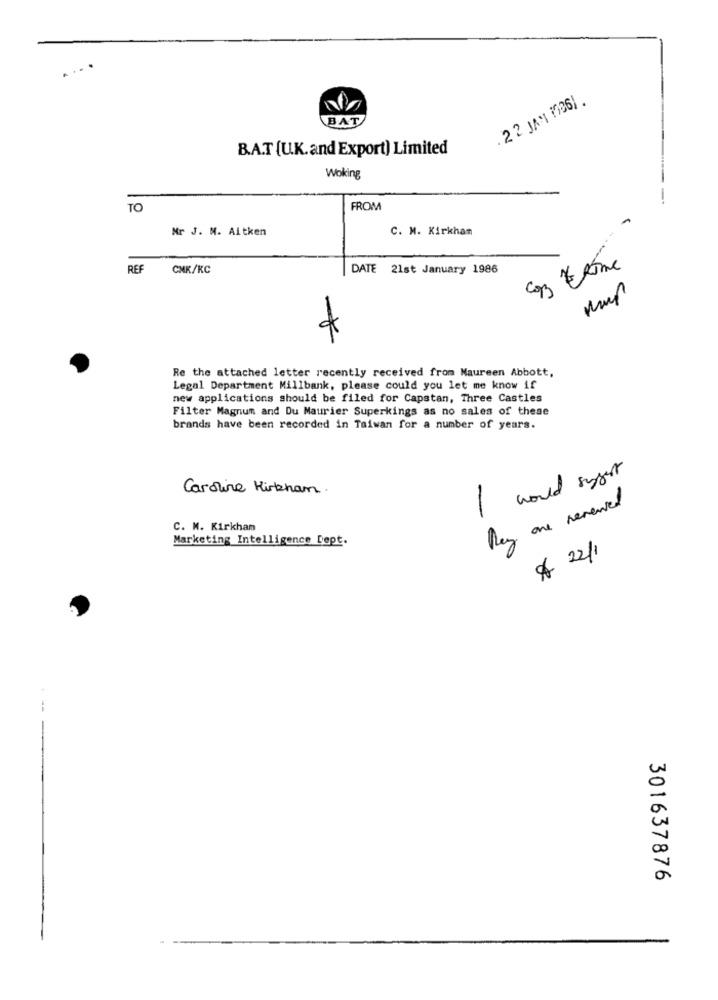
. 22 JAN 0061.
BAT
B.A.T (U.K. and Export) Limited
Woking
--
TO
FROM
Mr J. M. Aitken
C. M. Kirkham
REF
CMK/KC
DATE 21st January 1986
Kup
Re the attached letter recently received from Maureen Abbott,
Legal Department Millbank, please could you let me know if
new applications should be filed for Capstan, Three Castles
Filter Magnum and Du Maurier Superkings as no sales of these
brands have been recorded in Taiwan for a number of years.
I would sygert
Caroline Kirkham.
Rey one reserved
C. M. Kirkham
Marketing Intelligence Dept.
$ 22/1
301637876